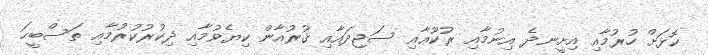
ކޮޅަށް ހުރުމާއި އިށީނދެ އިނުމާއި ރުކޫޢާއި ސަޖިދައާއި ޤުރުއާން ކިޔެވުމާއި ޛިކުރުކުރުމާއި ތަސްބީޙަ